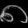
Digit: ၈